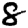
Digit: 8